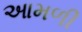
આમળી